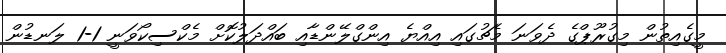
މީގެއިތުން މިގުރޫޕްގެ ދެވަނަ މެޗުގައި އިއްޔެ އިންގްލޭންޑާއި ބައްދަލުކޮށް މެކްސިކޯވަނީ 1-1 ލަނޑުން